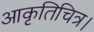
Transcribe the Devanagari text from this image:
आकृतिचित्र।